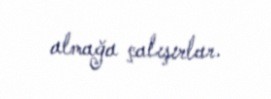
almağa çalışırlar.